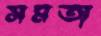
সমতা